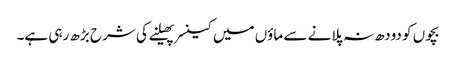
بچوں کو دودھ نہ پلانے سے ماؤں میں کینسر پھیلنے کی شرح بڑھ رہی ہے۔